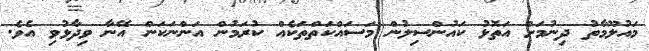
މައުލޫމާތު ދިނުމަށް އަތޮޅު ކައުންސިލުން މަސައްކަތްތަކެއް ކުރަމުން އަންނަކަން އޭނާ ވިދާޅުވި އެވެ.